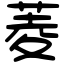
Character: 菱